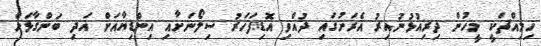
ހިމިއްޗަކީ މީހުން ދިރިއުޅުނުއިރު އެރަށުގައި ދުއްވި އޮޑިފަހަރު ސިލޯނަށާއި އިންޑިޔާއަށް އަދި ބަންގާޅަށް